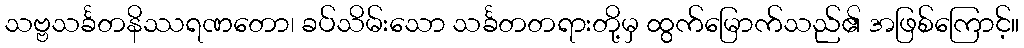
သဗ္ဗသင်္ခတနိဿရဏတော၊ ခပ်သိမ်းသော သင်္ခတတရားတို့မှ ထွက်မြောက်သည်၏ အဖြစ်ကြောင့်။